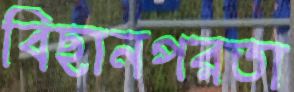
বিছানপরতা